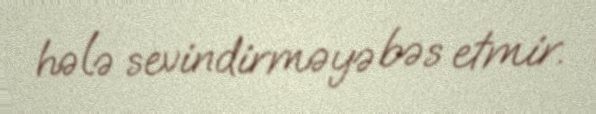
hələ sevindirməyə bəs etmir.